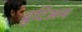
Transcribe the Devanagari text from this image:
ब्रुटिअम